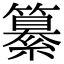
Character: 纂